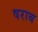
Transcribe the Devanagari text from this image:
षराब